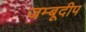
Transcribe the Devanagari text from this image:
जम्बूदीप